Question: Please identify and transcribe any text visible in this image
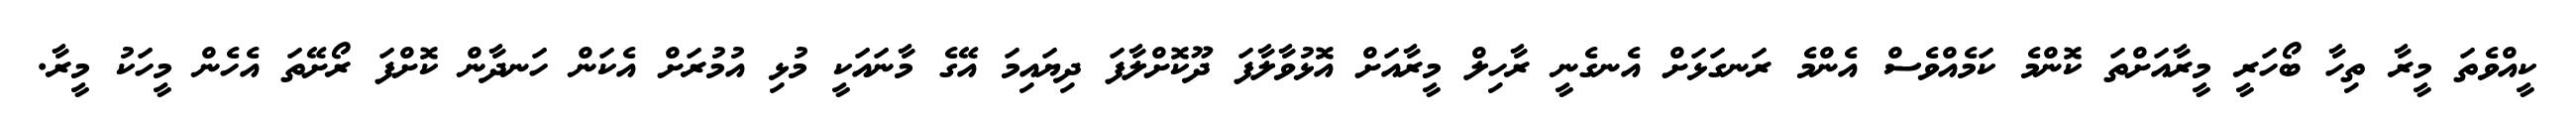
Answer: ކީއްވެތަ މީރާ ތިހާ ބޯހަރީ މީރާއަށްތަ ކޮންމެ ކަމެއްވެސް އެންމެ ރަނގަޅަށް އެނގެނީ ރާހިލް މީރާއަށް އޮޅުވާލާފަ ދޫކޮށްލާފަ ދިޔައިމަ އޭގެ މާނައަކީ މުޅި އުމުރަށް އެކަން ހަނދާން ކޮށްފަ ރޯށޭތަ އެހެން މީހަކު މީރާ.